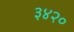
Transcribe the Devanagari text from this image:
३४२०